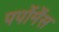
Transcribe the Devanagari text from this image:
पर्पोर्मेंस